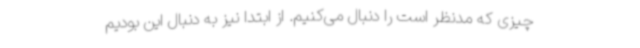
چیزی که مدنظر است را دنبال می‌کنیم. از ابتدا نیز به دنبال این بودیم